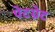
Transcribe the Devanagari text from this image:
पेटग्रेट